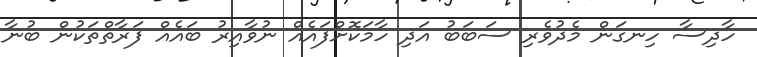
ހާދިސާ ހިނގަން މެދުވެރި ސަބަބު އަދި ހާމަކޮށްފައެއް ނުވާއިރު ބައެއް ފަރާތްތަކުން ބުނާ